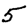
Digit: 5